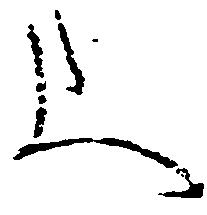
上